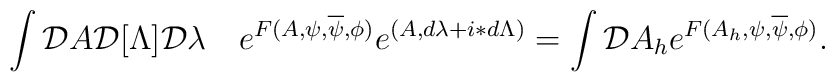
\int {\cal D}A {\cal D}[\Lambda]{\cal D}\lambda\quad  e^{F(A,\psi,\overline\psi,\phi)}e^{(A,d\lambda+i\ast d\Lambda)}= \int {\cal D}A_h e^{F(A_h,\psi,\overline\psi,\phi)}.